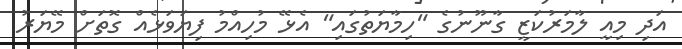
އަދި މިއީ ލާމަރުކަޒީ ގާނޫނުގެ "ހިމާޔަތުގައި" އެޅޭ މުހިއްމު ފިޔަވަޅެއް ގޮތަށް މޭޔަރު